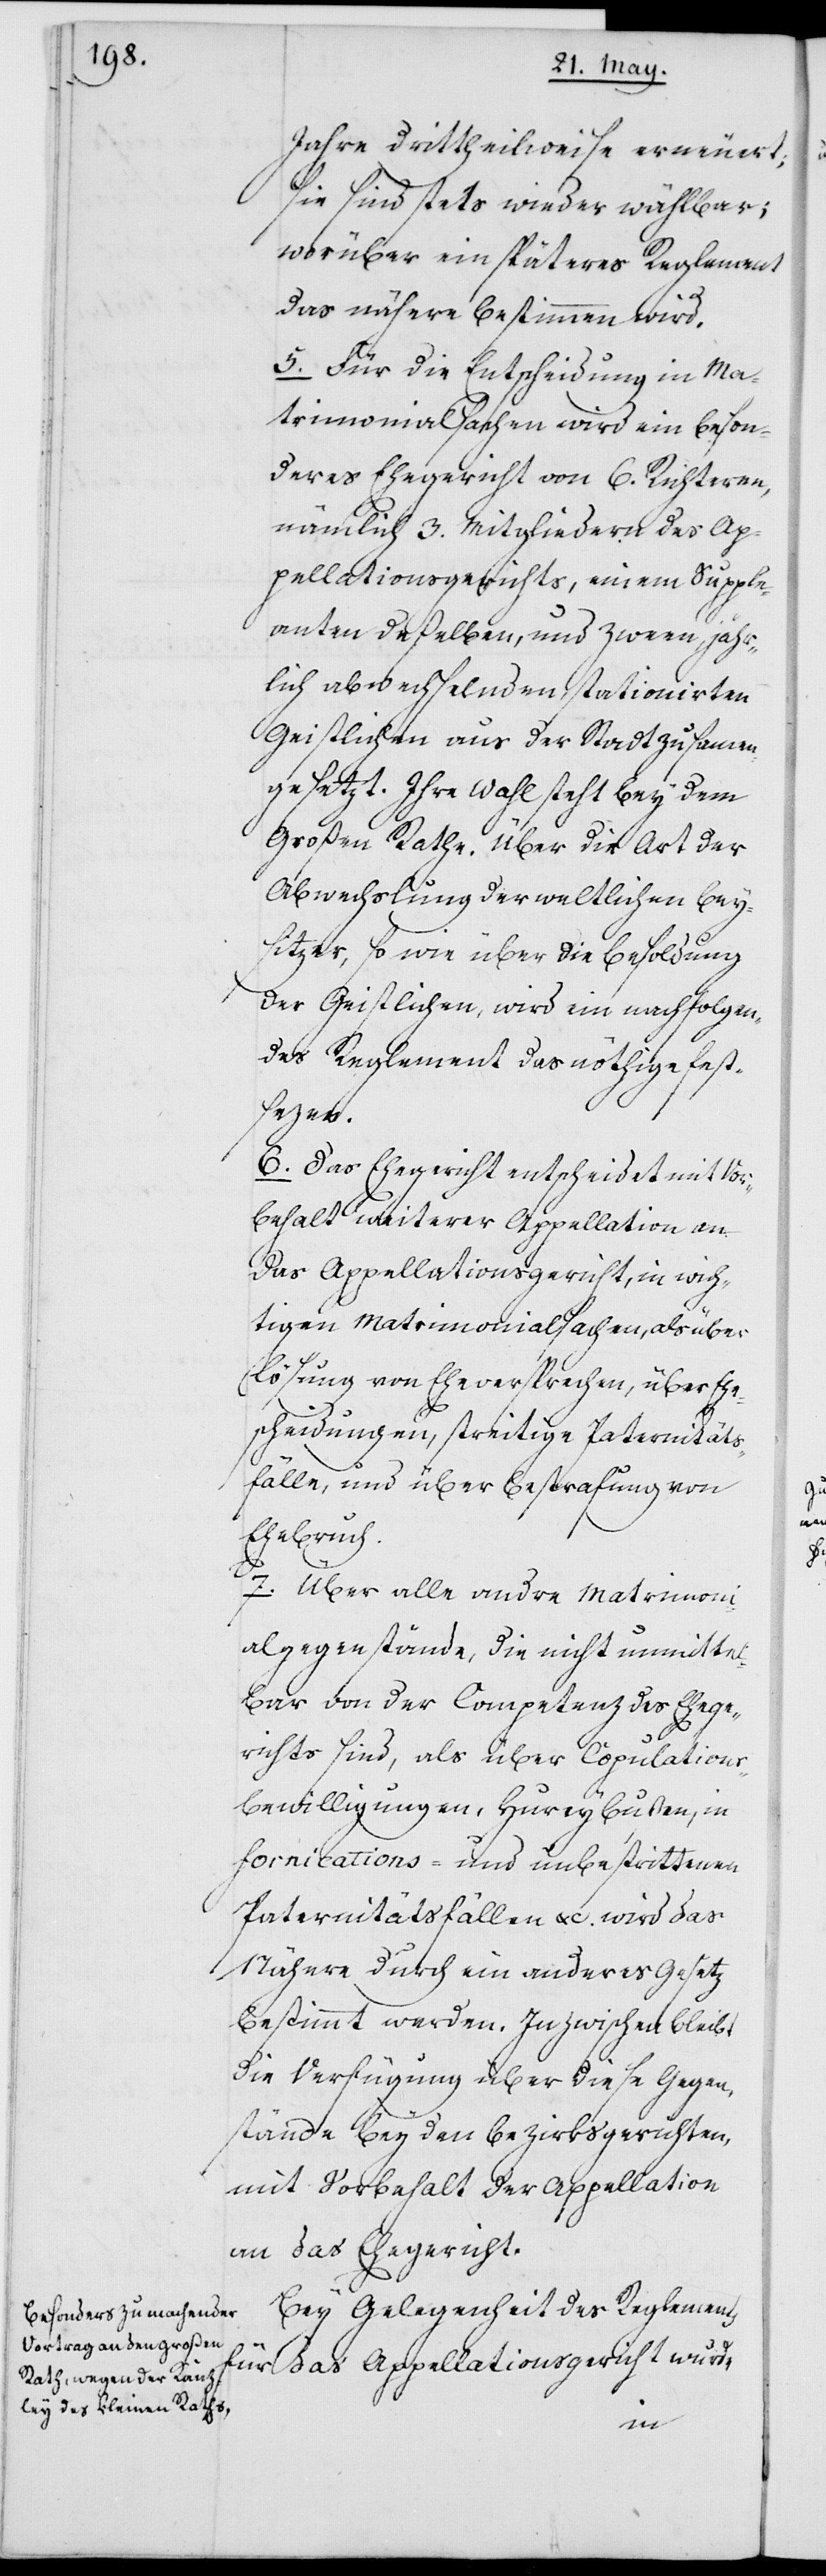
Jahre drittheilweise erneuert,
sie sind stets wieder wählbar;
worüber ein späteres Reglement
das nähere bestimmen wird.
5. Für die Entscheidung in Ma¬
trimonialsachen wird ein beson¬
deres Ehegericht von 6. Richteren,
nämlich 3. Mitgliedern des Ap¬
pellationsgerichts, einem Supple¬
anten deßelben, und zween jähr¬
lich abwechselnden stationierten
Geistlichen aus der Stadt zusamen¬
gesetzt. Ihre Wahl steht bey dem
Großen Rathe. Über die Art der
Abwechslung der weltlichen Bey¬
sitzer, so wie über die Besoldung
der Geistlichen, wird ein nachfolgen¬
des Reglement das Nöthige fest¬
sezen.
6. Das Ehegericht entscheidet mit Vor¬
behalt weiterer Appellation an
das Appellationsgericht, in wich¬
tigen Matrimonialsachen, als über
Lösung von Eheversprechen, über Ehe¬
scheidungen, streitige Paternitäts¬
fälle und über Bestrafung von
Ehebruch.
7. Über alle andre Matrimoni¬
algegenstände, die nicht unmittel¬
bar von der Competenz des Ehege¬
richts sind, als über Copulations¬
bewilligungen, Hureybußen, in
Fornications- und unbestrittenen
Paternitätsfällen etc. wird das
Nähere durch ein anderes Gesetz
bestimmt werden. Inzwischen bleibt
die Verfügung über diese Gegen¬
stände bey den Bezirksgerichten,
mit Vorbehalt der Appellation
an das Ehegericht.
Bey Gelegenheit des Reglements
für das Appellationsgericht wurde